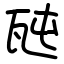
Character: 瓲